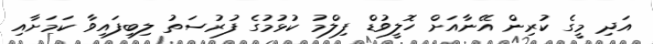
އަދި މީގެ ކުރިން އޭނާއަށް ހޮލީވުޑް ފިލްމު ކުޅުމުގެ ފުރުސަތު ލިބިފައިވާ ކަމަށާއި